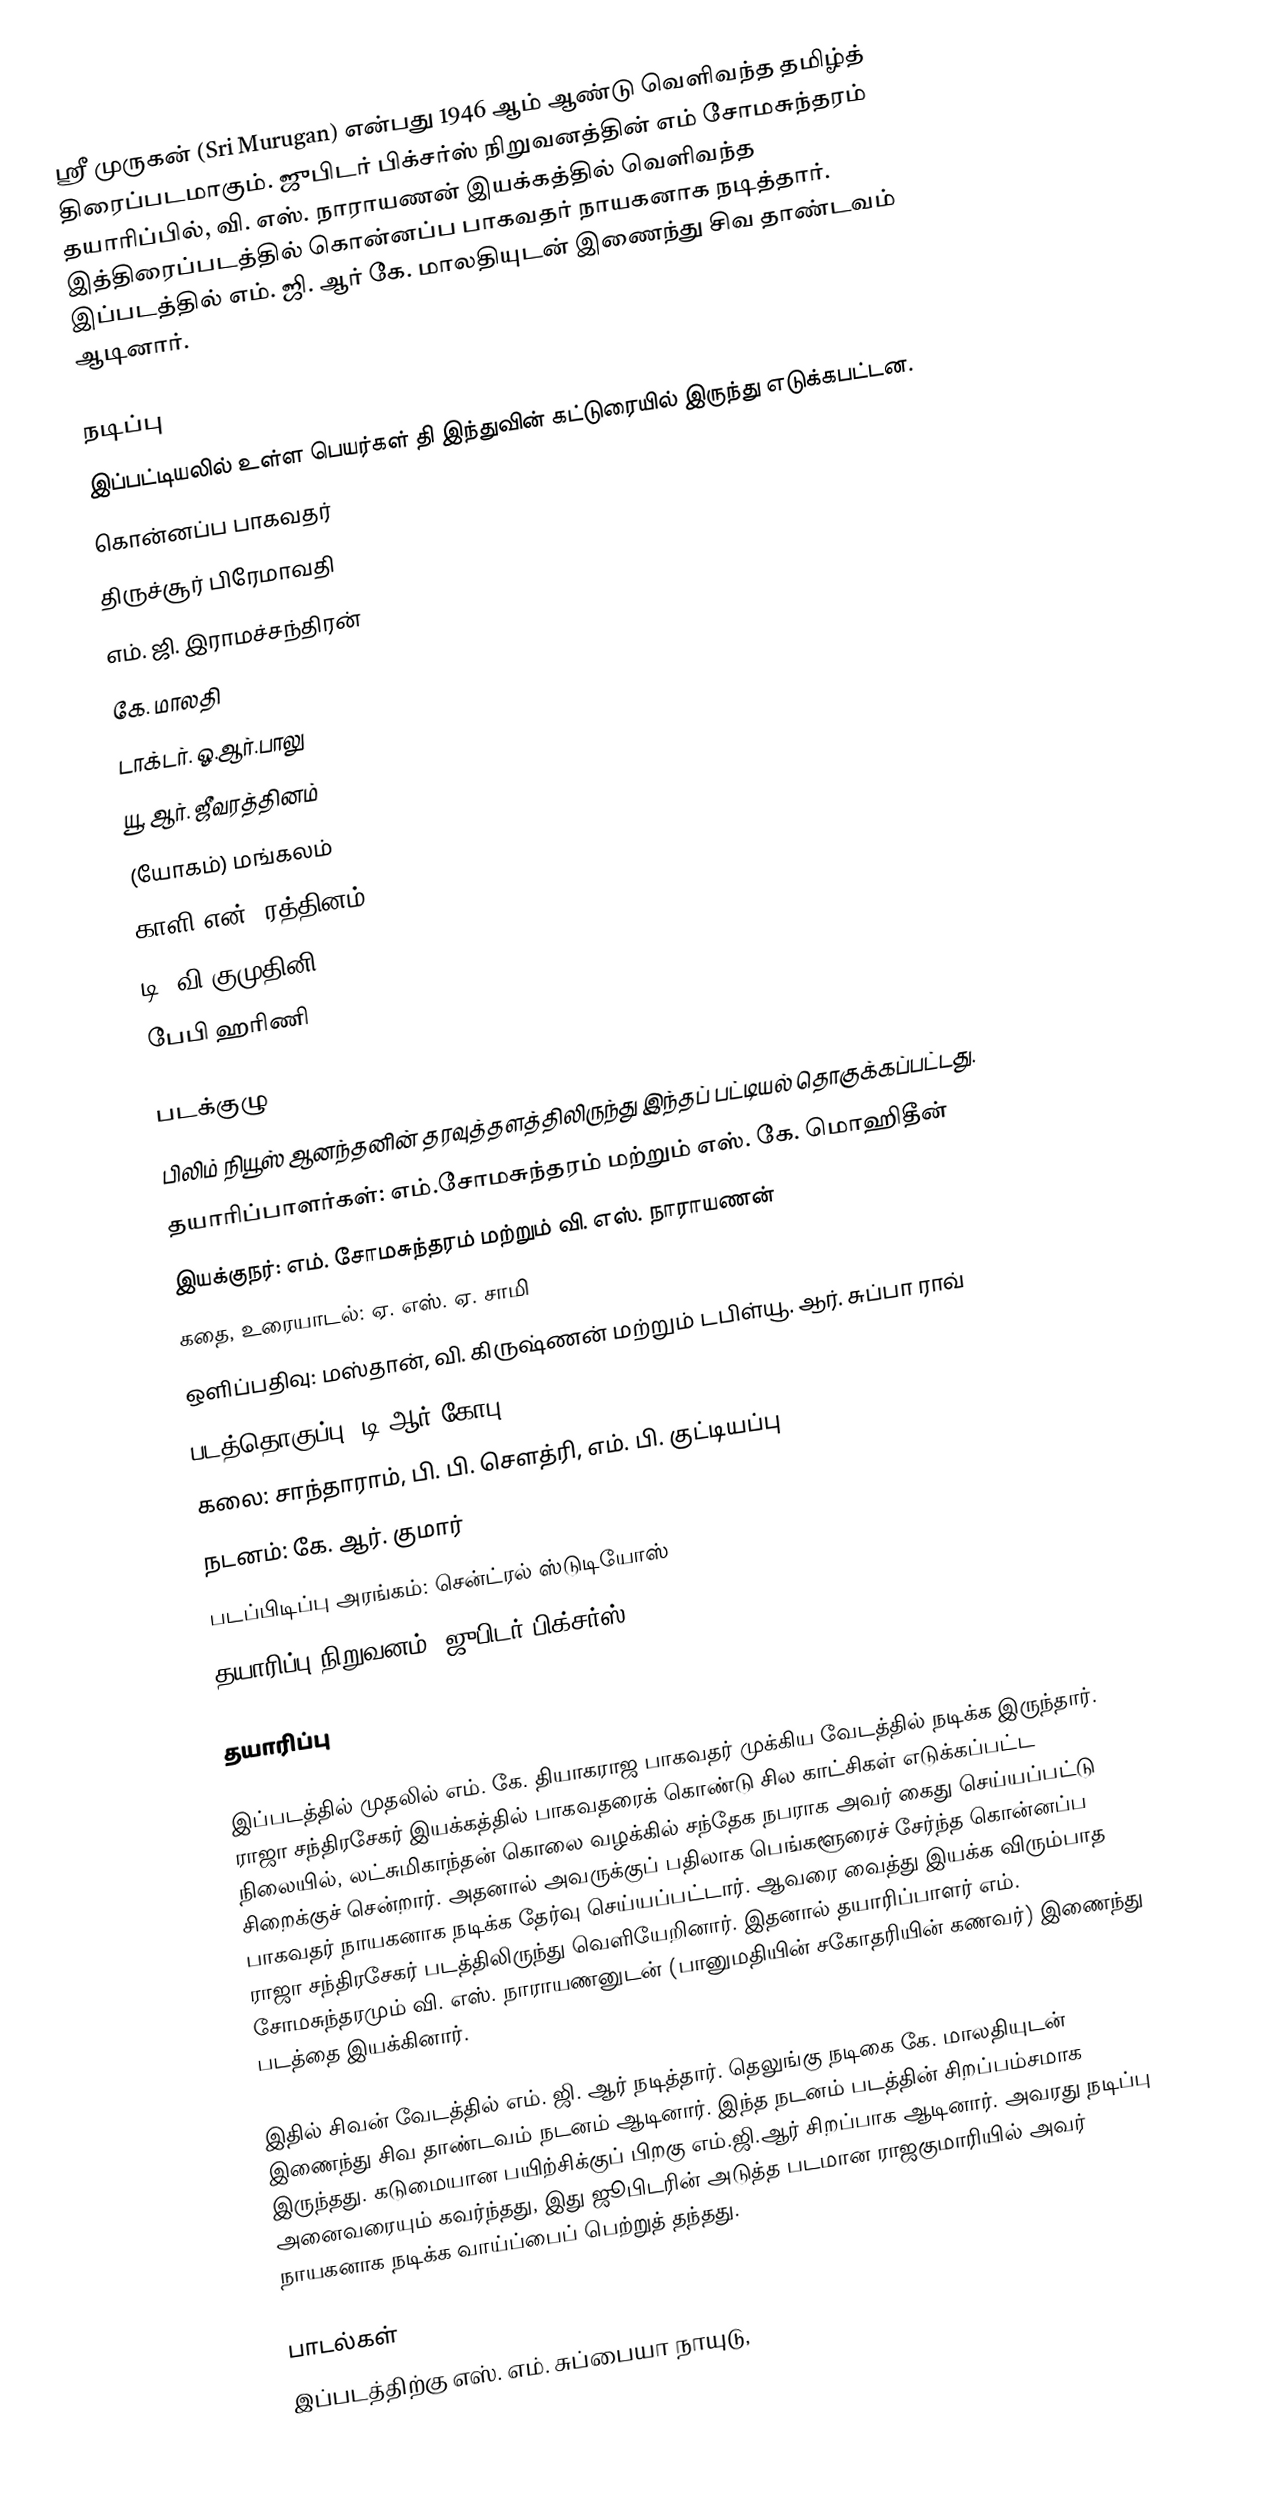
ஸ்ரீ முருகன் (Sri Murugan) என்பது 1946 ஆம் ஆண்டு வெளிவந்த தமிழ்த் திரைப்படமாகும். ஜுபிடர் பிக்சர்ஸ் நிறுவனத்தின் எம் சோமசுந்தரம் தயாரிப்பில், வி. எஸ். நாராயணன் இயக்கத்தில் வெளிவந்த இத்திரைப்படத்தில் கொன்னப்ப பாகவதர் நாயகனாக நடித்தார். இப்படத்தில் எம். ஜி. ஆர் கே. மாலதியுடன் இணைந்து சிவ தாண்டவம்  ஆடினார்.

நடிப்பு
இப்பட்டியலில் உள்ள பெயர்கள் தி இந்துவின் கட்டுரையில் இருந்து எடுக்கபட்டன.
கொன்னப்ப பாகவதர்
திருச்சூர் பிரேமாவதி
எம். ஜி. இராமச்சந்திரன்
கே. மாலதி
டாக்டர். ஓ.ஆர்.பாலு
யூ. ஆர். ஜீவரத்தினம்
(யோகம்) மங்கலம்
காளி என். ரத்தினம்
டி. வி.குமுதினி
பேபி ஹரிணி

படக்குழு
பிலிம் நியூஸ் ஆனந்தனின் தரவுத்தளத்திலிருந்து இந்தப் பட்டியல் தொகுக்கப்பட்டது.
தயாரிப்பாளர்கள்: எம்.சோமசுந்தரம் மற்றும் எஸ். கே. மொஹிதீன்
இயக்குநர்: எம். சோமசுந்தரம் மற்றும் வி. எஸ். நாராயணன்
கதை, உரையாடல்: ஏ. எஸ். ஏ. சாமி
ஒளிப்பதிவு: மஸ்தான், வி. கிருஷ்ணன் மற்றும் டபிள்யூ. ஆர். சுப்பா ராவ்
படத்தொகுப்பு: டி.ஆர்.கோபு
கலை: சாந்தாராம், பி. பி. சௌத்ரி, எம். பி. குட்டியப்பு
நடனம்: கே. ஆர். குமார்
படப்பிடிப்பு அரங்கம்: சென்ட்ரல் ஸ்டுடியோஸ்
தயாரிப்பு நிறுவனம்: ஜுபிடர் பிக்சர்ஸ்

தயாரிப்பு

இப்படத்தில் முதலில்  எம். கே. தியாகராஜ பாகவதர் முக்கிய வேடத்தில் நடிக்க இருந்தார். ராஜா சந்திரசேகர் இயக்கத்தில் பாகவதரைக் கொண்டு சில காட்சிகள் எடுக்கப்பட்ட நிலையில், லட்சுமிகாந்தன் கொலை வழக்கில் சந்தேக நபராக அவர் கைது செய்யப்பட்டு சிறைக்குச் சென்றார். அதனால் அவருக்குப் பதிலாக பெங்களூரைச் சேர்ந்த கொன்னப்ப பாகவதர் நாயகனாக நடிக்க தேர்வு செய்யப்பட்டார். ஆவரை வைத்து இயக்க விரும்பாத ராஜா சந்திரசேகர் படத்திலிருந்து வெளியேறினார். இதனால் தயாரிப்பாளர் எம். சோமசுந்தரமும் வி. எஸ். நாராயணனுடன் (பானுமதியின் சகோதரியின் கணவர்) இணைந்து படத்தை இயக்கினார்.

இதில் சிவன் வேடத்தில் எம். ஜி. ஆர் நடித்தார். தெலுங்கு நடிகை கே. மாலதியுடன் இணைந்து சிவ தாண்டவம் நடனம் ஆடினார். இந்த நடனம் படத்தின் சிறப்பம்சமாக இருந்தது. கடுமையான பயிற்சிக்குப் பிறகு  எம்.ஜி.ஆர் சிறப்பாக ஆடினார். அவரது நடிப்பு அனைவரையும் கவர்ந்தது, இது ஜூபிடரின் அடுத்த படமான ராஜகுமாரியில் அவர் நாயகனாக நடிக்க வாய்ப்பைப் பெற்றுத் தந்தது.

பாடல்கள்
இப்படத்திற்கு எஸ். எம். சுப்பையா நாயுடு,